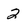
Character: 2